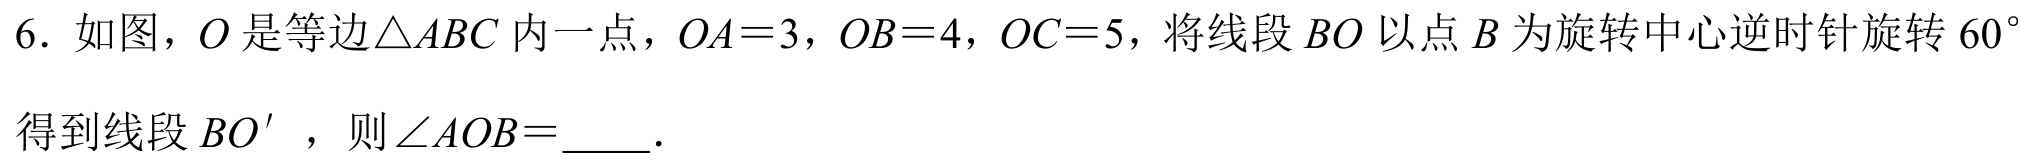
6. 如图，\(O\)是等边\(\triangle ABC\)内一点，\(OA = 3\)，\(OB = 4\)，\(OC = 5\)，将线段\(BO\)以点\(B\)为旋转中心逆时针旋转\(60^{\circ}\)得到线段\(BO'\)，则\(\angle AOB=\)____.